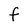
Character: F